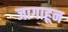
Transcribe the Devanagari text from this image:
जागाहून